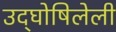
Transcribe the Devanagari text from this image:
उद्‌घोषिलेली